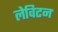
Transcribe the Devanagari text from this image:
लेविटन